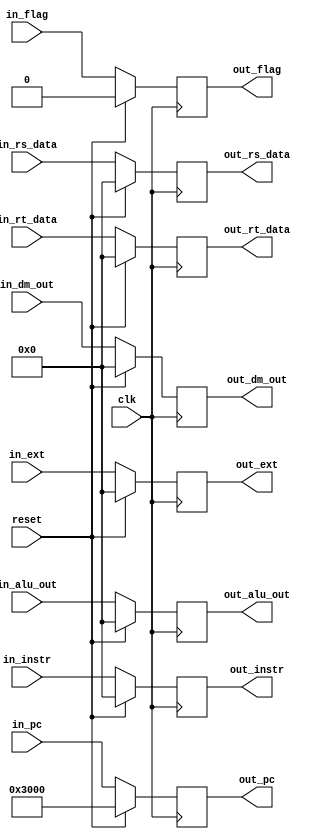
module W_reg (
    input clk,
    input reset,

    input [31:0] in_pc,
    input [31:0] in_instr,
    input [31:0] in_rs_data,
    input [31:0] in_rt_data,
    input [31:0] in_ext,
    input [31:0] in_alu_out,
    input [31:0] in_dm_out,

    output [31:0] out_pc,
    output [31:0] out_instr,
    output [31:0] out_rs_data,
    output [31:0] out_rt_data,
    output [31:0] out_ext,
    output [31:0] out_alu_out,
    output [31:0] out_dm_out,

    input  in_flag,
    output out_flag
);
    reg [31:0] pc_W;
    reg [31:0] instr_W;
    reg [31:0] rs_data_W;
    reg [31:0] rt_data_W;
    reg [31:0] ext_W;
    reg [31:0] alu_out_W;
    reg [31:0] dm_out_W;
    reg        flag_W;

    assign out_pc      = pc_W;
    assign out_instr   = instr_W;
    assign out_rs_data = rs_data_W;
    assign out_rt_data = rt_data_W;
    assign out_rs_data = rs_data_W;
    assign out_rt_data = rt_data_W;
    assign out_ext     = ext_W;
    assign out_alu_out = alu_out_W;
    assign out_dm_out  = dm_out_W;
    assign out_flag    = flag_W;

    always @(posedge clk) begin
        if (reset) begin
            pc_W      <= 32'h3000;
            instr_W   <= 32'b0;
            rs_data_W <= 32'b0;
            rt_data_W <= 32'b0;
            rs_data_W <= 32'b0;
            rt_data_W <= 32'b0;
            ext_W     <= 32'b0;
            alu_out_W <= 32'b0;
            dm_out_W  <= 32'b0;
            flag_W    <= 1'b0;
        end else begin
            pc_W      <= in_pc;
            instr_W   <= in_instr;
            rs_data_W <= in_rs_data;
            rt_data_W <= in_rt_data;
            rs_data_W <= in_rs_data;
            rt_data_W <= in_rt_data;
            ext_W     <= in_ext;
            alu_out_W <= in_alu_out;
            dm_out_W  <= in_dm_out;
            flag_W    <= in_flag;
        end
    end

endmodule